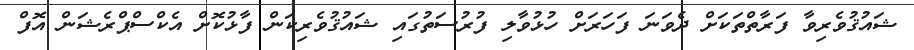
ޝައުޤުވެރިވާ ފަރާތްތަކަށް ދެވަނަ ފަހަރަށް ހުޅުވާލި ފުރުސަތުގައި ޝައުޤުވެރިކަން ފާޅުކޮށް އެކްސްޕްރެޝަން އޮފް